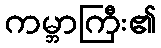
ကမ္ဘာကြီး၏